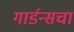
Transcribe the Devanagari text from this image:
गार्डन्सचा